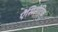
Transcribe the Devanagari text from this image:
ऐंसिसेटिक